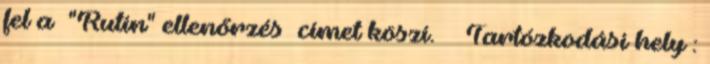
fel a "Rutin" ellenőrzés címet köszi. Tartózkodási hely :